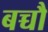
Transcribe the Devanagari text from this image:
बच्चौ